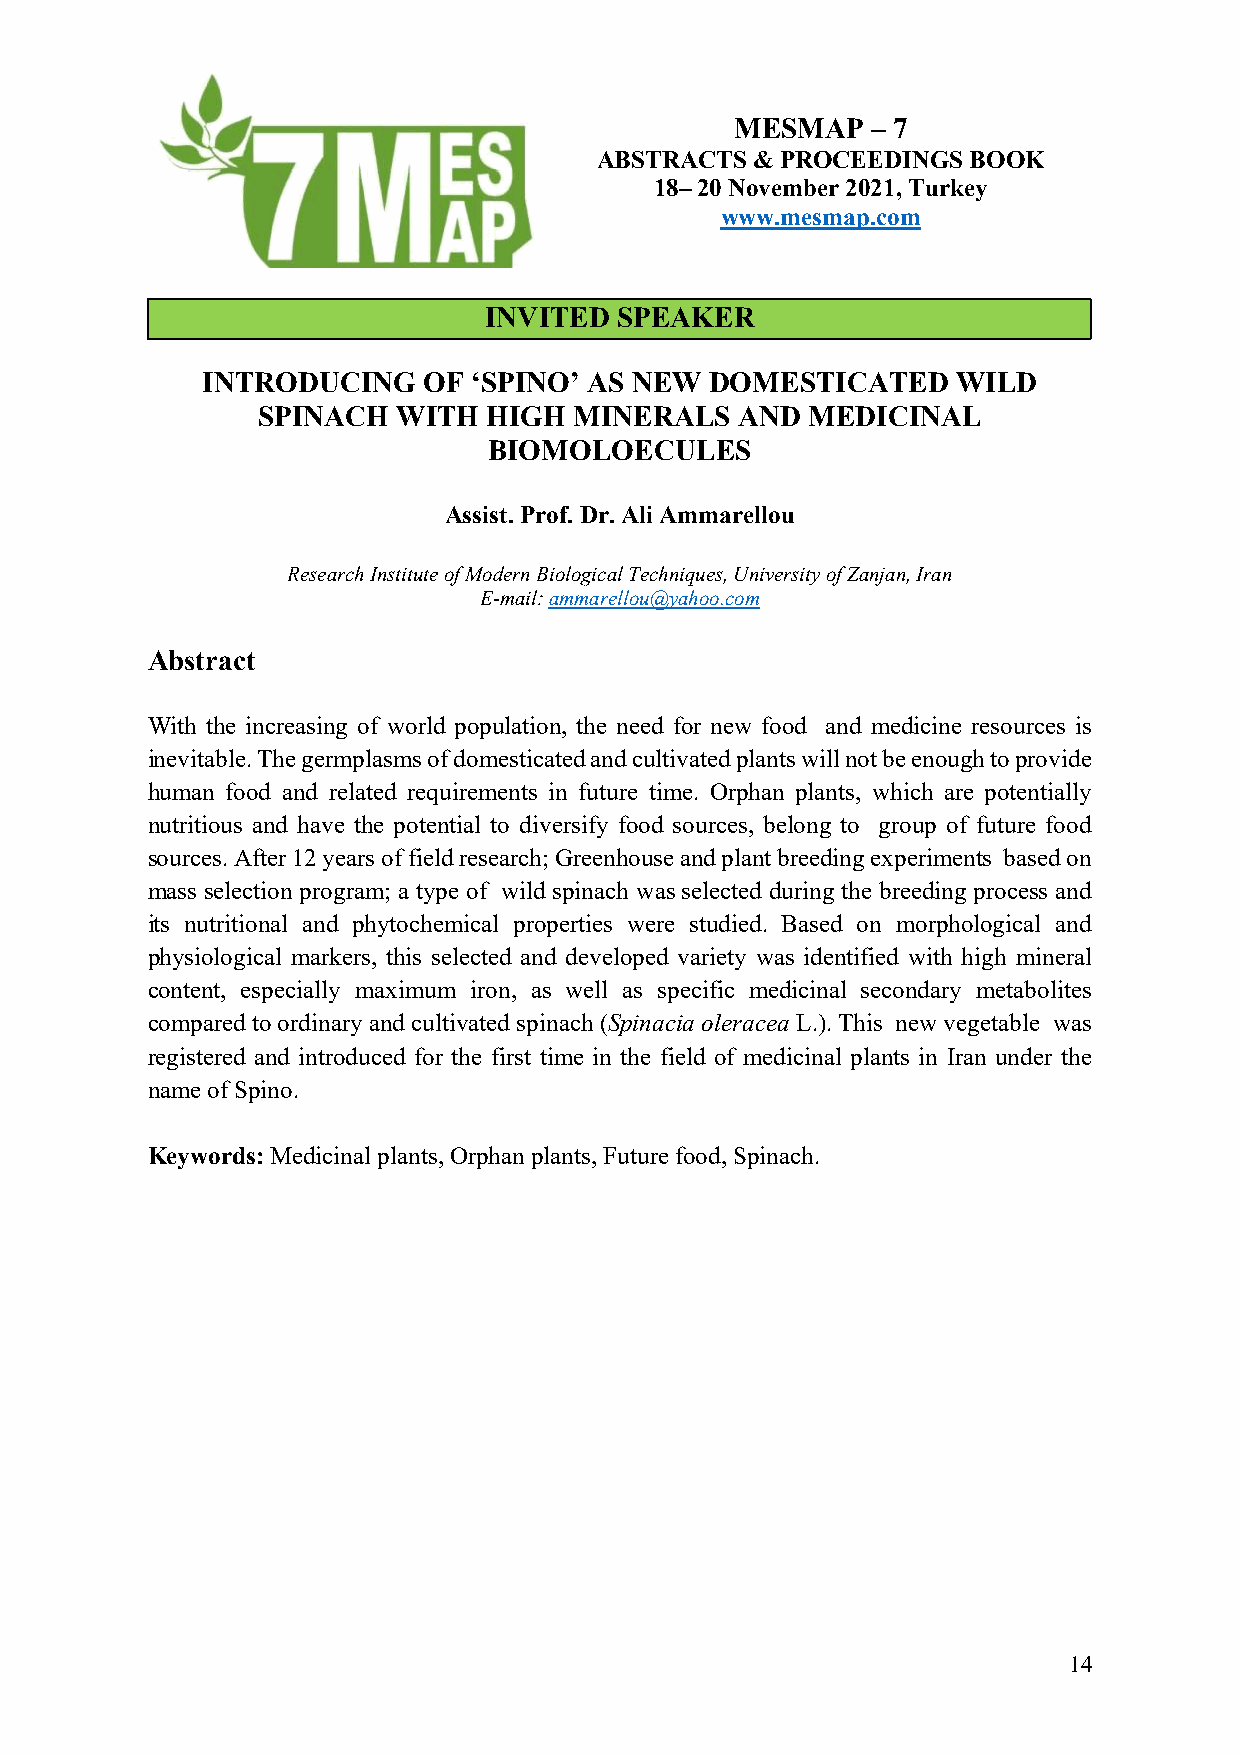
MESMAP   – 7
 ABSTRACTS  & PROCEEDINGS BOOK
 18– 20 November 2021, Turkey
 www.mesmap.com
 INVITED  SPEAKER
 INTRODUCING    OF ‘SPINO’ AS NEW  DOMESTICATED    WILD
 SPINACH  WITH  HIGH  MINERALS   AND MEDICINAL
 BIOMOLOECULES
 Assist. Prof. Dr. Ali Ammarellou
 Research Institute of Modern Biological Techniques, University of Zanjan, Iran
 E-mail: ammarellou@yahoo.com
 Abstract
 With the increasing of world population, the need for new food and medicine resources is
 inevitable. The germplasms of domesticated and cultivated plants will not be enough to provide
 human food and related requirements in future time. Orphan plants, which are potentially
 nutritious and have the potential to diversify food sources, belong to group of future food
 sources. After 12 years of field research; Greenhouse and plant breeding experiments based on
 mass selection program; a type of wild spinach was selected during the breeding process and
 its nutritional and phytochemical properties were studied. Based on morphological and
 physiological markers, this selected and developed variety was identified with high mineral
 content, especially maximum iron, as well as specific medicinal secondary metabolites
 compared to ordinary and cultivated spinach (Spinacia oleracea L.). This new vegetable was
 registered and introduced for the first time in the field of medicinal plants in Iran under the
 name of Spino.
 Keywords: Medicinal plants, Orphan plants, Future food, Spinach.
 14